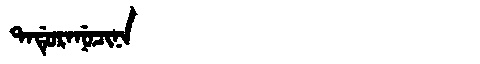
Manchu: ᡨᠠᡩᡠᡵᠠᠨᡠᠴᡳᠨᠠ
Romanization: TADURANUCINA